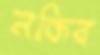
নকিব